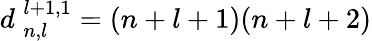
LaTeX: d_{\; n,l}^{\; l+1,1}=(n+l+1)(n+l+2)